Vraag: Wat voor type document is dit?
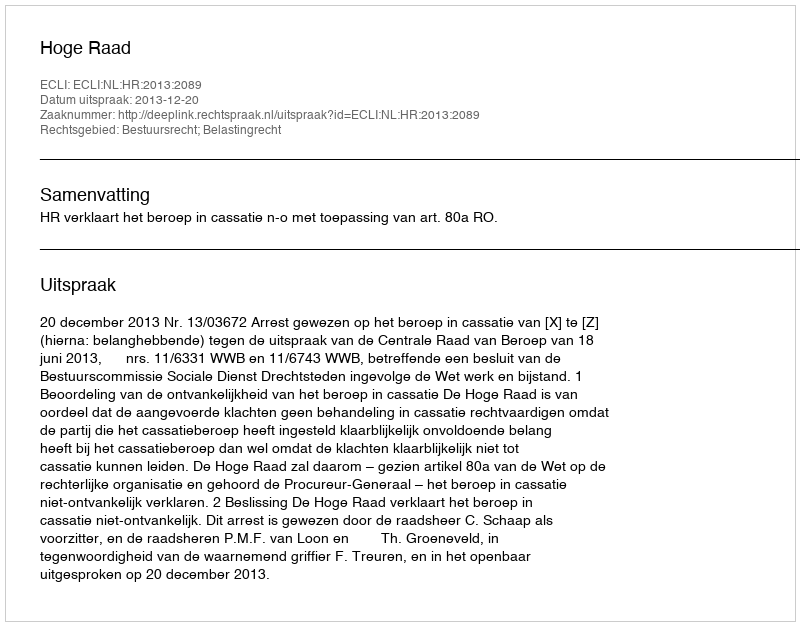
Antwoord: Uitspraak